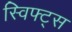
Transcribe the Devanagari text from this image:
स्विफ्ट्स